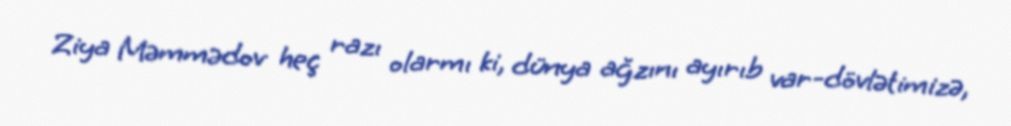
Ziya Məmmədov heç razı olarmı ki, dünya ağzını ayırıb var-dövlətimizə,